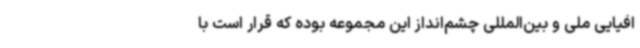
افیایی ملی و بین‌المللی چشم‌انداز این مجموعه بوده که قرار است با